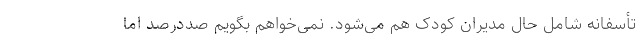
تأسفانه شامل حال مدیران کودک هم می‌شود. نمی‌خواهم بگویم صددرصد اما